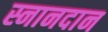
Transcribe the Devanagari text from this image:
स्नानदान